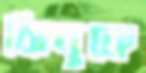
ঝিনুকে